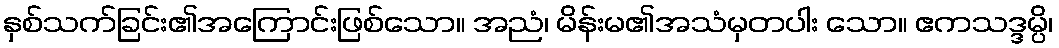
နှစ်သက်ခြင်း၏အကြောင်းဖြစ်သော။ အညံ၊ မိန်းမ၏အသံမှတပါး သော။ ဧကသဒ္ဒမ္ပိ၊